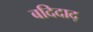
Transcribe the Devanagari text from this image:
बदिदाद्